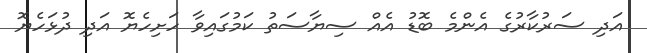
އަދި ސަރުކާރުގެ އެންމެ ބޮޑު އެއް ސިޔާސަތު ކަމުގައިވާ ހަށިހެޔޮ އަދި ދުޅަހެޔޮ